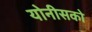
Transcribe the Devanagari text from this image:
योनीसको